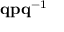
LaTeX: \mathbf { q } \mathbf { p } \mathbf { q } ^ { - 1 }